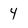
Character: 4